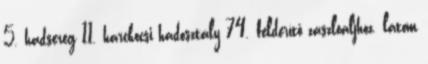
5. hadsereg 11. harckocsi hadosztály 74. felderítő zászlóaljhoz. látom